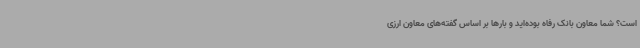
است؟ شما معاون بانک رفاه بوده‌اید و بارها بر اساس گفته‌های معاون ارزی